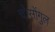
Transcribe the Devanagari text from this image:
चोसोंगुल